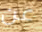
عن